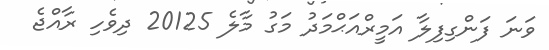
ވަނަ ފަންގިފިލާ އަމީރްއަޙްމަދު މަގު މާލެ 20125 ދިވެހި ރާއްޖެ